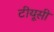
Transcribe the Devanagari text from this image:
टीयूसी